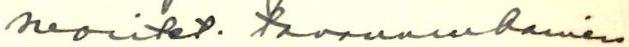
suoritet. tavanmukainen